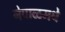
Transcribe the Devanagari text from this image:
नेपाळमधे